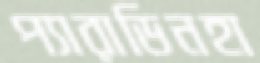
প্যারাডিনহা